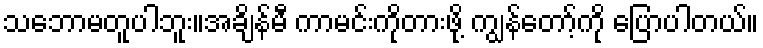
သဘောမတူပါဘူး။အချိန်မီ ကာမင်းကိုတားဖို့ ကျွန်တော့်ကို ပြောပါတယ်။